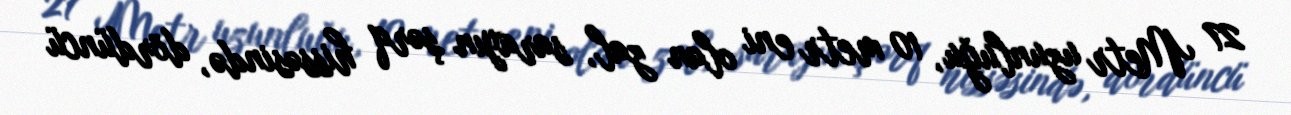
27 Metr uzunluğu, 10 metr eni olan zal, sarayın şərq hissəsində, dördüncü